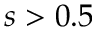
s > 0 . 5